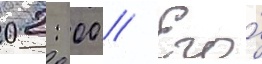
02: 00 // Его́